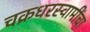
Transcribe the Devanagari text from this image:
चक्रधरस्वामींचा